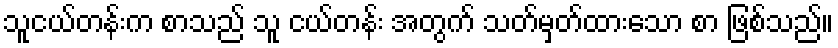
သူငယ်တန်းက စာသည် သူ ငယ်တန်း အတွက် သတ်မှတ်ထားသော စာ ဖြစ်သည်။